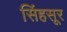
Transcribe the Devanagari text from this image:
सिंहसूर